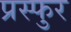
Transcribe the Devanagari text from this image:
प्रस्फुर